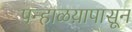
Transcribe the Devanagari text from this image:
पन्हाळय़ापासून